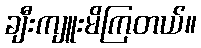
ချီးကျူးမိကြတယ်။